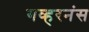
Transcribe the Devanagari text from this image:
गव्हरनंस